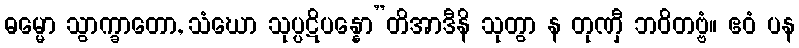
ဓမ္မော သွာက္ခာတော, သံဃော သုပ္ပဋိပန္နော”တိအာဒီနိ သုတွာ န တုဏှီ ဘဝိတဗ္ဗံ။ ဧဝံ ပန